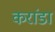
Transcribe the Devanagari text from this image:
करांडा